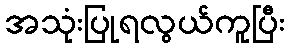
အသုံးပြုရလွယ်ကူပြီး